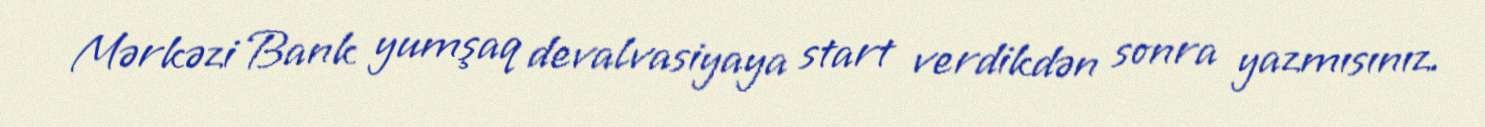
Mərkəzi Bank yumşaq devalvasiyaya start verdikdən sonra yazmısınız.